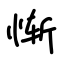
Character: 惭